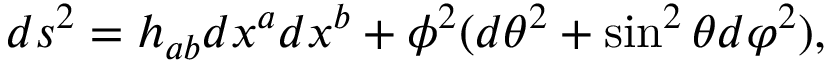
d s ^ { 2 } = h _ { a b } d x ^ { a } d x ^ { b } + \phi ^ { 2 } ( d \theta ^ { 2 } + \sin ^ { 2 } \theta d \varphi ^ { 2 } ) ,